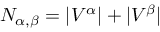
N _ { \alpha , \beta } = | V ^ { \alpha } | + | V ^ { \beta } |